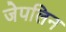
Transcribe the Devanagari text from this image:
जेपलिन